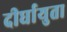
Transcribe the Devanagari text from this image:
दीर्घायुता